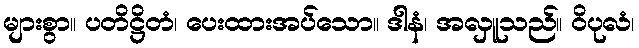
များစွာ။ ပတိဋ္ဌိတံ၊ ပေးထားအပ်သော။ ဒါနံ၊ အလှူသည်။ ဝိပုလံ၊